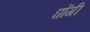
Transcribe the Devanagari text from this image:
घोंगी